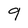
Character: 9